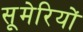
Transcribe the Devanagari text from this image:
सूमेरियों